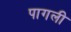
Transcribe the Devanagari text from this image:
पागली